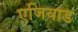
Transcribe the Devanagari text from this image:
एजियाड